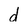
Character: d